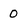
Character: 0